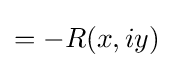
=-R(x,iy)